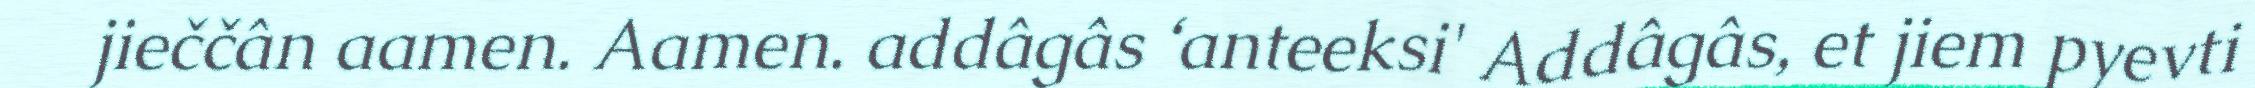
jieččân aamen. Aamen. addâgâs ‘anteeksi' Addâgâs, et jiem pyevti